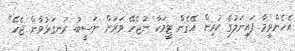
އެހެންވީމާ ފައިނަލުގެ ކުރިން އޭގެން ޓީމަކާ ނުޖެހޭ ވަރަށް ނަސީބު ރަނގަޅުވާން ޖެހޭ"